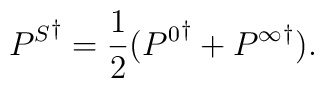
{P^S}^\dagger = \frac{1}{2} ({P^0}^\dagger + {P^\infty}^\dagger).